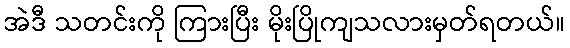
အဲဒီ သတင်းကို ကြားပြီး မိုးပြိုကျသလားမှတ်ရတယ်။